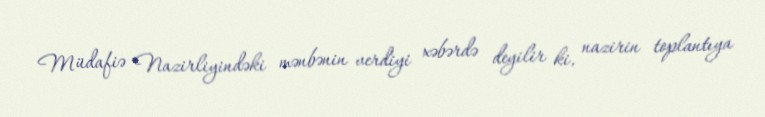
Müdafiə Nazirliyindəki mənbənin verdiyi xəbərdə deyilir ki, nazirin toplantıya